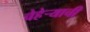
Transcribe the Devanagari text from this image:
चेहेऱ्याची